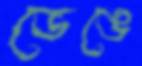
ভেঙে